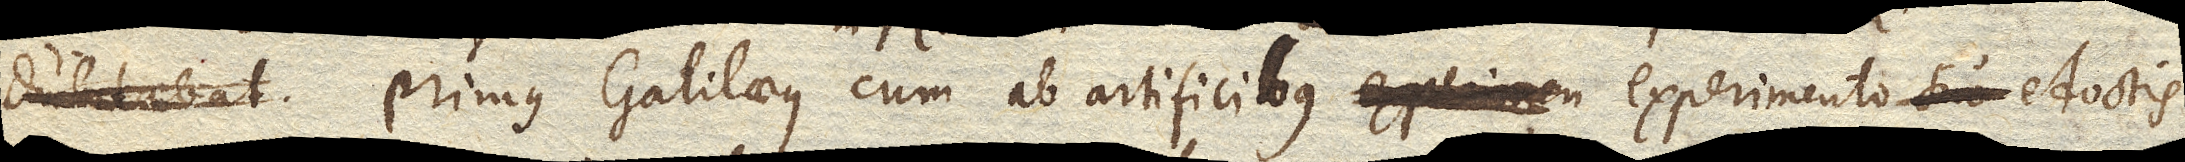
Primus Galilaeus cum ab artificibus experimento suo edoctis